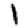
Digit: 1